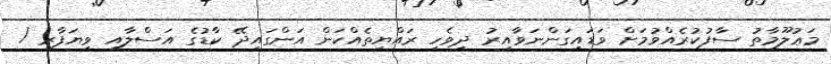
މަޢުލޫމާތު ސާފުކުރެއްވުމަށް ވަޑައިގަންނަވާއިރު ދިވެހި ރައްޔިތެއްކަން އަންގައިދޭ ކާޑުގެ އަސްލާއި ވިޔަފާރި /